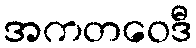
အကတဝေဒီ